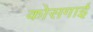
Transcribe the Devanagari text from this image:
कोसगाई